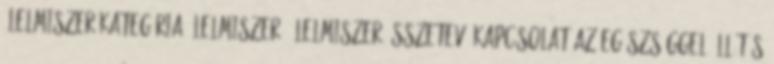
Élelmiszer kategória Élelmiszer élelmiszer összetevő Kapcsolat az egészséggel Állítás